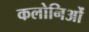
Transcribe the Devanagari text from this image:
कलोनिओं